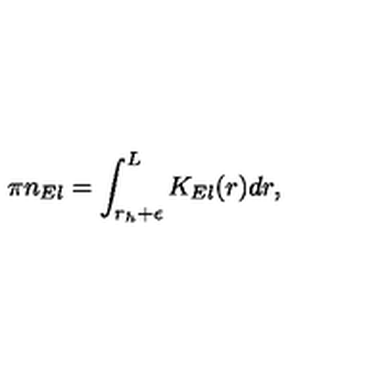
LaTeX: \pi n _ { E l } = \int _ { r _ { h } + \epsilon } ^ { L } K _ { E l } ( r ) d r ,